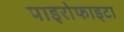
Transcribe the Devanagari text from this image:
पाइरोफाइटा